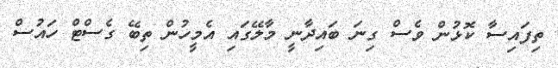
ތިފައިސާ ކޮޅުން ވެސް ގިނަ ބައިދާނީ މާލޭގައި އެމީހުން ތިބޭ ގެސްޓް ހައުސް